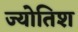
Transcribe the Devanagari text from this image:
ज्योतिश